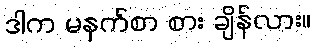
ဒါက မနက်စာ စား ချိန်လား။